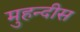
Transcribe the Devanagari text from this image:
मुहन्दीस